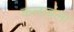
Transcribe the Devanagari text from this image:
कलावंला